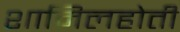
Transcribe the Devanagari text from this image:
शामिलहोती